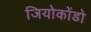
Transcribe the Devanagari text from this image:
जियोकोंडो